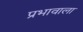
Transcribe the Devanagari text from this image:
प्रभावाला